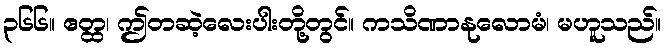
၃၆၆။ ဧတ္ထ၊ ဤတဆဲ့လေးပါးတို့တွင်။ ကသိဏာနုလောမံ၊ မဟူသည်။